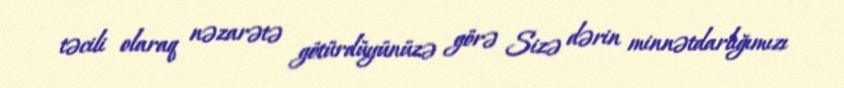
təcili olaraq nəzarətə götürdüyünüzə görə Sizə dərin minnətdarlığımızı